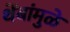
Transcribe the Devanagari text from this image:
थेंबांमुळे